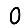
Digit: 0